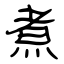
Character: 煮